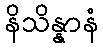
နိသိန္နာနံ